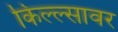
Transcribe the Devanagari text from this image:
किल्ल्सावर